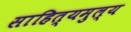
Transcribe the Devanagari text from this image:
साहित्यमुल्य